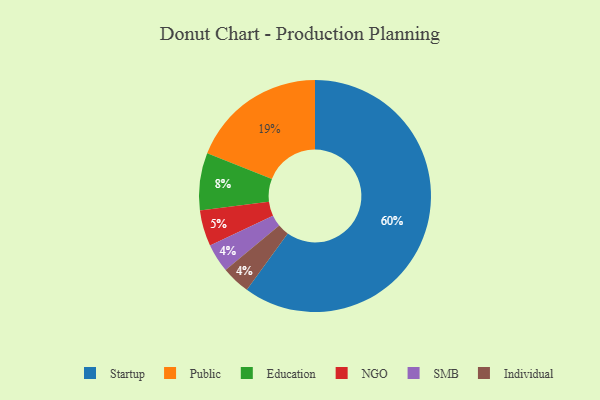
{"axis": {"x": "Category", "y": "Percentage"}, "legend": ["Education", "Individual", "NGO", "Public", "SMB", "Startup"], "data": [{"x": "Education", "y": 8, "type": "Education"}, {"x": "SMB", "y": 4, "type": "SMB"}, {"x": "Individual", "y": 4, "type": "Individual"}, {"x": "NGO", "y": 5, "type": "NGO"}, {"x": "Startup", "y": 60, "type": "Startup"}, {"x": "Public", "y": 19, "type": "Public"}]}